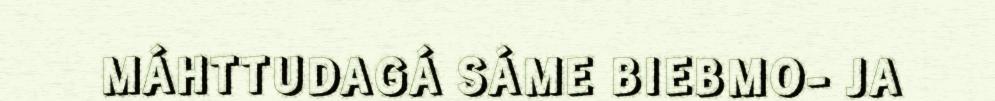
MÁHTTUDAGÁ SÁME BIEBMO- JA